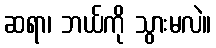
ဆရာ၊ ဘယ်ကို သွားမလဲ။